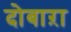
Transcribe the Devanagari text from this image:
दोबाऱा